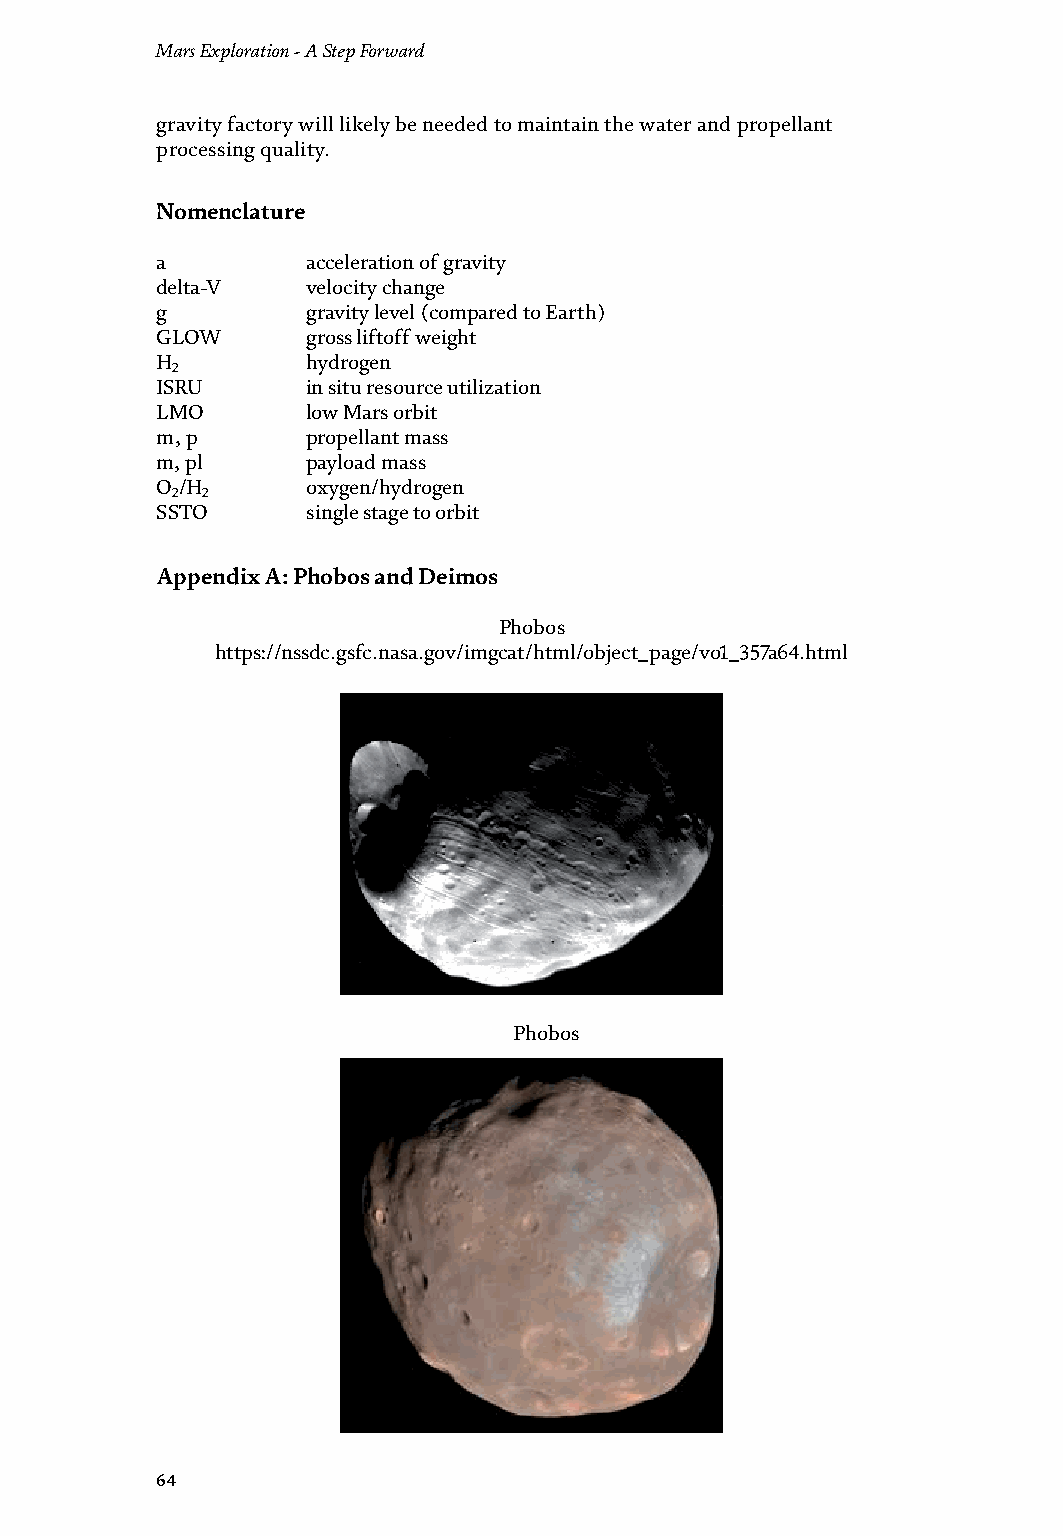
Mars Exploration - A Step Forward                                      Assessing Propulsion and Transportation Issues with Mars’ Moons
 DOI: http://dx.doi.org/10.5772/intechopen.93148
 gravity factory will likely be needed to maintain the water and propellant                   Deimos
 processing quality.                                                             https://photojournal.jpl.nasa.gov/catalog/PIA11826
 Nomenclature
 a         acceleration of gravity
 delta-V   velocity change
 g         gravity level (compared to Earth)
 GLOW      gross liftoff weight
 H         hydrogen
 2
 ISRU      in situ resource utilization
 LMO       low Mars orbit
 m, p      propellant mass
 m, pl     payload mass
 O /H      oxygen/hydrogen
 2 2
 SSTO      single stage to orbit
 Appendix A: Phobos and Deimos
 Phobos
 https://nssdc.gsfc.nasa.gov/imgcat/html/object_page/vo1_357a64.html
 Phobos
 Author details
 Bryan Palaszewski
 NASA Glenn Research Center, Cleveland, Ohio, USA
 *Address all correspondence to: bryan.a.palaszewski@nasa.gov
 © 2020 The Author(s). Licensee IntechOpen. This chapter is distributed under the terms
 of the Creative Commons Attribution License (http://creativecommons.org/licenses/
 by/3.0), which permits unrestricted use, distribution, and reproduction in any medium,
 provided the original work is properly cited.
 64                                                                     65